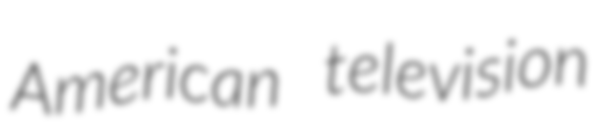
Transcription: American television